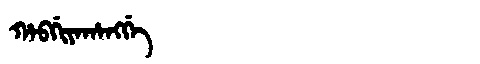
Manchu: ᡥᠠᠪᡤᡳᠶᠠᡥᠠᠩᡤᡝ
Romanization: HABGIYAHANGGE